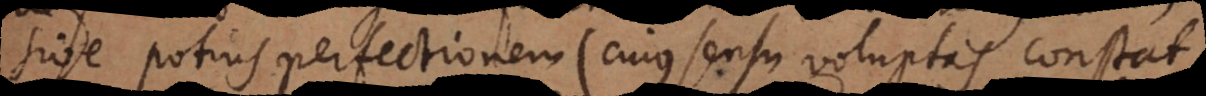
sive potius perfectionem (cujus sensu voluptas constat)